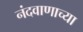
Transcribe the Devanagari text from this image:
नंदवाणाच्या